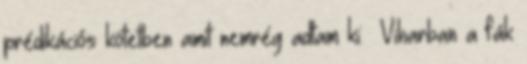
prédikációs kötetben amit nemrég adtam ki: Viharban a fák